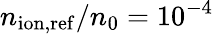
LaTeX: n_{\mathrm{ion,ref}}/n_{0}=10^{-4}